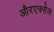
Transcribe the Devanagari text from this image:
औरएक्सेल